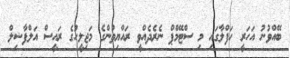
ބޭއްވުނު އަހަރީ ހަފްލާގައި މި ސްޓޭމްޕް ނެރެދެއްވީ ރައްޔިތުންގެ މަޖިލީހުގެ ރައީސް އަލްފާޟިލް